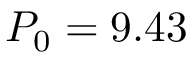
P _ { 0 } = 9 . 4 3